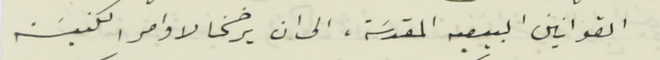
القوانين البيعيه المقدسَة، الى ان يرضخا لاوامر الكنيسَة